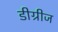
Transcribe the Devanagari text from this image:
डीग्रीज